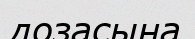
дозасына